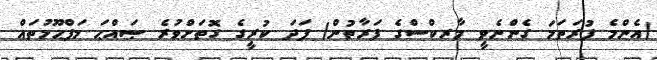
(އެންމެ ފުރަތަމަ ގެންނެވީ މާރކްސްގެ ފަރާތުން) ފަދަ ކުރީގެ ގޮތަށްވުރެ ޞައްޙަ މަފްޙޫމުތައް